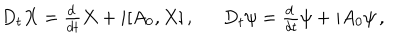
LaTeX: \begin{array} { c c } { { D _ { t } X = \frac { d \, } { d t } X + i [ A _ { 0 } , X ] \, , ~ } } & { { ~ D _ { t } \psi = \frac { d \, } { d t } \psi + i A _ { 0 } \psi \, , } } \\ \end{array}